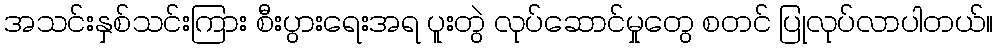
အသင်းနှစ်သင်းကြား စီးပွားရေးအရ ပူးတွဲ လုပ်ဆောင်မှုတွေ စတင် ပြုလုပ်လာပါတယ်။